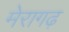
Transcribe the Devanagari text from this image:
मेरागढ़